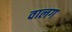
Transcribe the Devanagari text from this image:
वालग